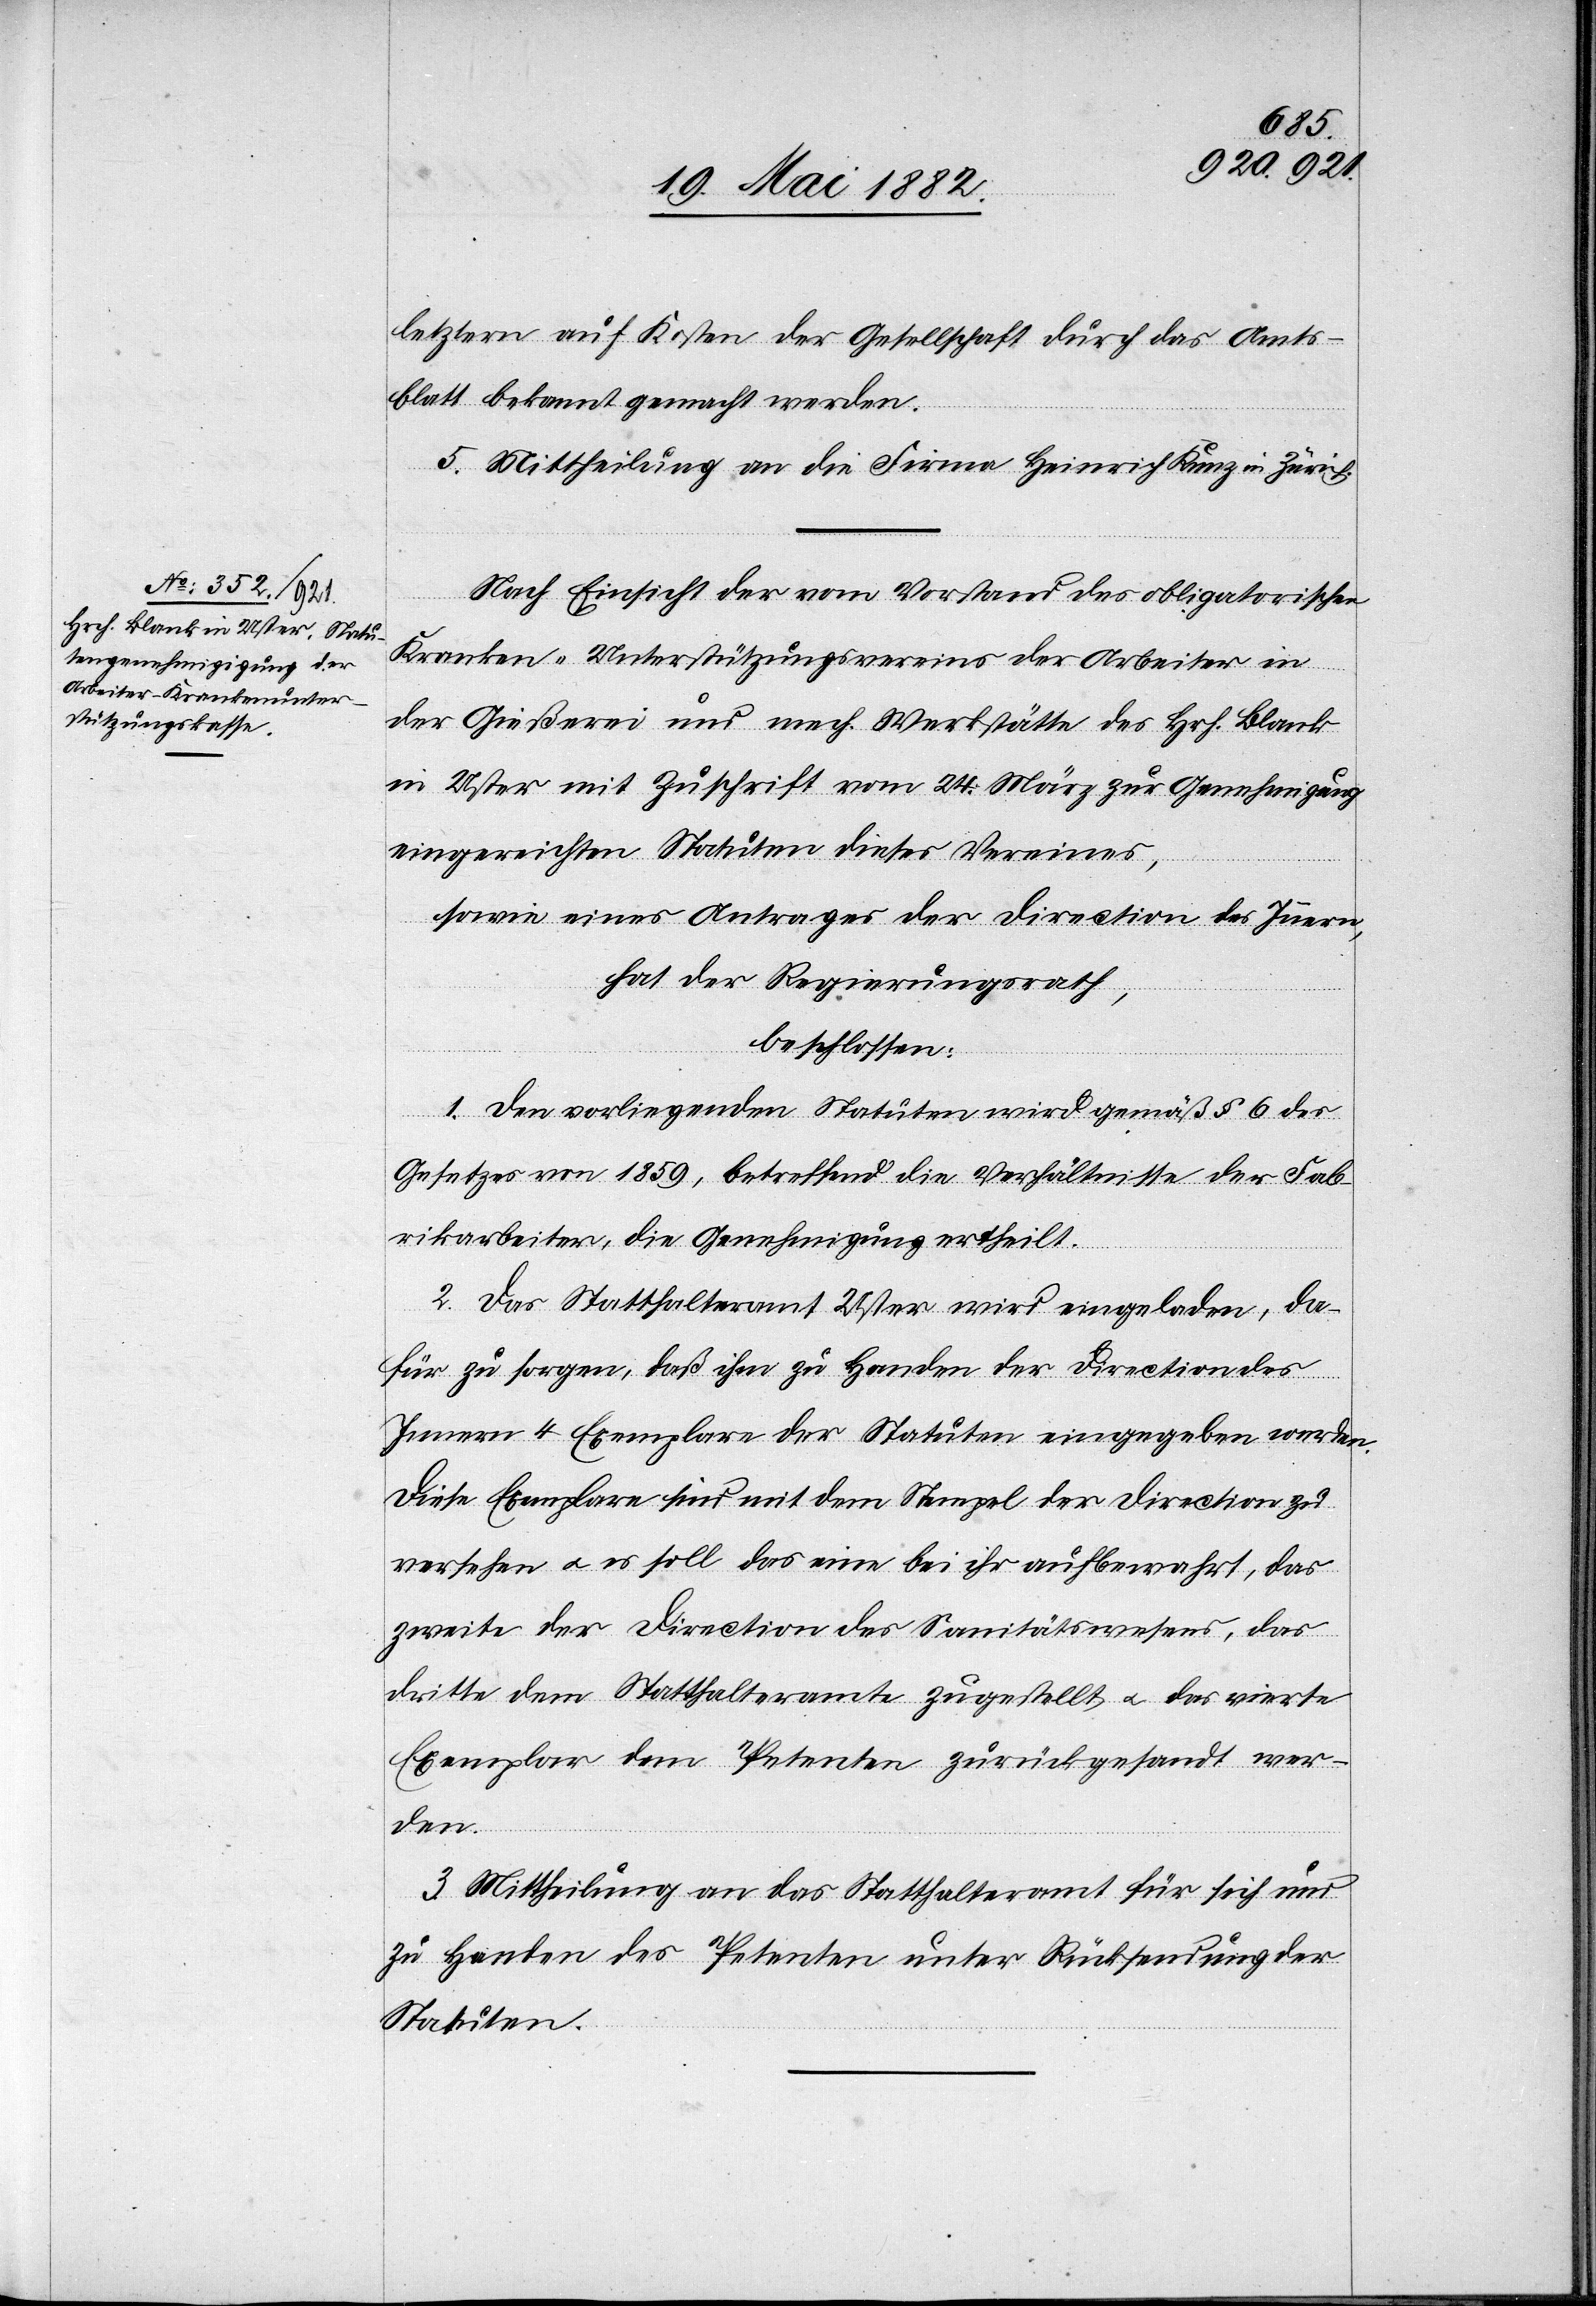
letztern auf Kosten der Gesellschaft durch das Amts¬
blatt bekannt gemacht werden.
5. Mittheilung an die Firma Heinrich Kunz in Zürich.
Nach Einsicht der vom Vorstand des obligatorischen
Kranken-Unterstützungsvereins der Arbeiter in
der Gießerei und mech. Werkstätte des Hrch. Blank
in Uster mit Zuschrift vom 24. März zur Genehmigung
eingereichten Statuten dieses Vereins,
sowie eines Antrages der Direction des Innern,
hat der Regierungsrath,
beschlossen:
1. Den vorliegenden Statuten wird gemäß § 6 des
Gesetzes von 1859, betreffend die Verhältnisse der Fab¬
rikarbeiter, die Genehmigung ertheilt.
2. Das Statthalteramt Uster wird eingeladen, da¬
für zu sorgen, daß ihm zu Handen der Direction des
Innern 4 Exemplare der Statuten eingegeben werden.
Diese Exemplare sind mit dem Stempel der Direction zu
versehen u. es soll das eine bei ihr aufbewahrt, das
zweite der Direction des Sanitätswesens, das
dritte dem Statthalteramte zugestellt u. das vierte
Exemplar dem Petenten zurückgesendet wer¬
den.
3. Mittheilung an das Statthalteramt für sich und
zu Handen des Petenten unter Rücksendung der
Statuten.